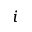
i